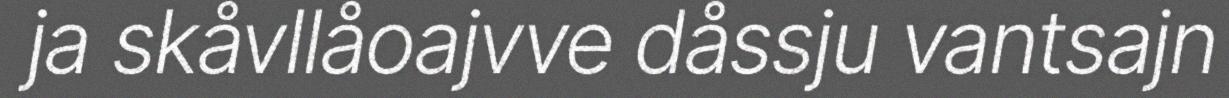
ja skåvllåoajvve dåssju vantsajn